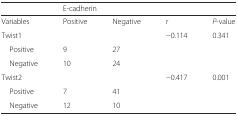
<table><thead><tr><td></td><td colspan="2"><b>E-cadherin</b></td><td></td><td></td></tr></thead><tbody><tr><td>Variables</td><td>Positive</td><td>Negative</td><td>r</td><td><i>P</i>-value</td></tr><tr><td>Twist1</td><td></td><td></td><td>−0.114</td><td>0.341</td></tr><tr><td> Positive</td><td>9</td><td>27</td><td></td><td></td></tr><tr><td> Negative</td><td>10</td><td>24</td><td></td><td></td></tr><tr><td>Twist2</td><td></td><td></td><td>−0.417</td><td>0.001</td></tr><tr><td> Positive</td><td>7</td><td>41</td><td></td><td></td></tr><tr><td> Negative</td><td>12</td><td>10</td><td></td><td></td></tr></tbody></table>